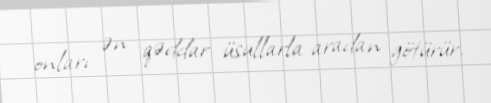
onları ən qəddar üsullarla aradan götürür.